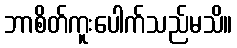
ဘာစိတ်ကူးပေါက်သည်မသိ။